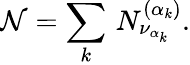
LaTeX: {\mathcal N}=\sum_{k}\, N_{\nu_{\alpha_{k}}}^{(\alpha_{k})}.